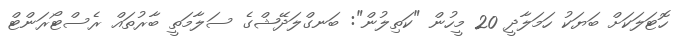
ހޮޓަލަކަށް ބަޔަކު ހަމަލާދީ 20 މީހުން "ކަތިލުން": ބަނގްލަދޭޝްގެ ސަލާމަތީ ބާރުތައް ރެސްޓޯރަންޓް